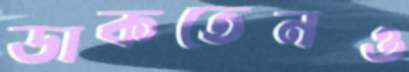
ডাকতেনও